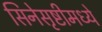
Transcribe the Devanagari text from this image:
सिनेसृष्टीमध्ये